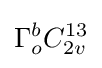
\Gamma _{o}^{b}C_{2v}^{13}